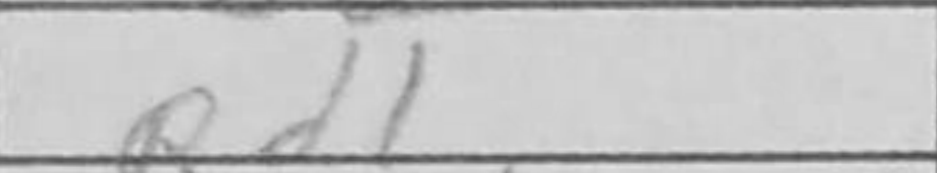
Transcription: Rd1